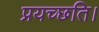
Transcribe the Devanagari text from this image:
प्रयच्छति।